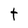
Character: t